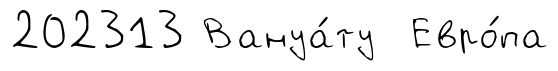
202313 Вануа́ту Евро́па